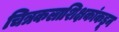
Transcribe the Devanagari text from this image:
चित्रकलाशिक्षकांकडून